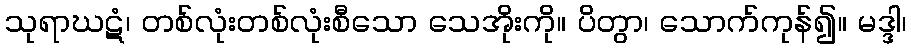
သုရာဃဋံ၊ တစ်လုံးတစ်လုံးစီသော သေအိုးကို။ ပိတွာ၊ သောက်ကုန်၍။ မဒ္ဒါ၊